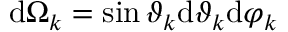
\mathrm { d } \Omega _ { k } = \sin \vartheta _ { k } \mathrm { d } \vartheta _ { k } \mathrm { d } \varphi _ { k }